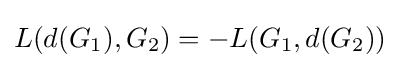
L(d(G_{1}),G_{2})=-L(G_{1},d(G_{2}))